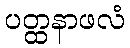
ပတ္ထနာဖလံ